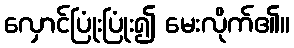
လှောင်ပြုံးပြုံး၍ မေးလိုက်၏။